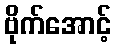
ဗိုက်အောင့်